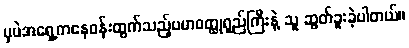
မှပဲအရှေ့ကနေဝန်းထွက်သည့်ပမာဝတ္ထုရှည်ကြီးနဲ့ သူ ဆွတ်ခူးခဲ့ပါတယ်။